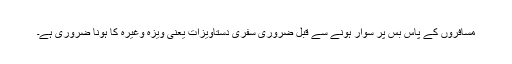
مسافروں کے پاس بس پر سوار ہونے سے قبل ضروری سفری دستاویزات یعنی ویزہ وغیرہ کا ہونا ضروری ہے۔